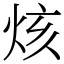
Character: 烗